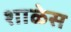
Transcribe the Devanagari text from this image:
शाळेस